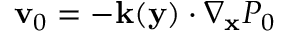
\mathbf v _ { 0 } = - \mathbf k ( \mathbf y ) \cdot \nabla _ { \mathbf x } P _ { 0 }